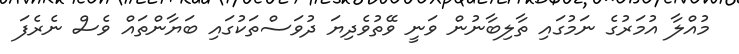
މުއްލާ އުމަރުގެ ނަމުގައި ތާލިބާނުން ވަނީ ވޭތުވެދިޔަ ދުވަސްތަކުގައި ބަޔާންތައް ވެސް ނެރެފަ